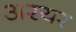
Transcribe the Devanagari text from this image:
अरयर